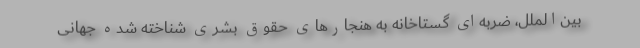
بین‌الملل، ضربه‌ای گستاخانه به هنجارهای حقوق بشری شناخته شده جهانی